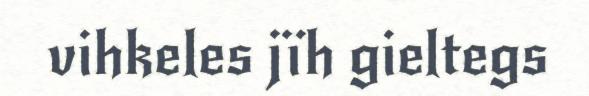
vihkeles jïh gieltegs